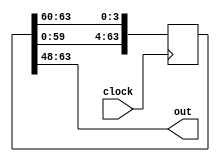
module Shift(clock,out);
input clock;
output [15:0] out;
reg [0:63] ID = 64'h517370910072FFFF;
always@(posedge clock)
begin
ID[0:59]<= ID[4:63];
ID[60:63]<= ID[0:3];
end 
assign out = ID[0:15] ;
endmodule